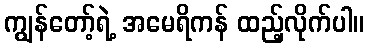
ကျွန်တော့်ရဲ့ အမေရိကန် ထည့်လိုက်ပါ။